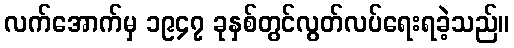
လက်အောက်မှ ၁၉၄၇ ခုနှစ်တွင်လွတ်လပ်ရေးရခဲ့သည်။